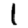
Digit: 1